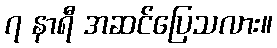
၇ နာရီ အဆင်ပြေသလား။